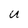
Character: U